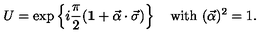
U = \exp \left\{ i \frac { \pi } { 2 } ( { \bf 1 } + \vec { \alpha } \cdot \vec { \sigma } ) \right\} \quad \mathrm { w i t h } \ ( \vec { \alpha } ) ^ { 2 } = 1 .